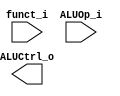
// Author:

module ALU_Ctrl(
        funct_i,
        ALUOp_i,
        ALUCtrl_o
        );

//I/O ports
input      [6-1:0] funct_i;
input      [3-1:0] ALUOp_i;

output     [4-1:0] ALUCtrl_o;

//Internal Signals
reg        [4-1:0] ALUCtrl_o;

//Select exact operation

endmodule